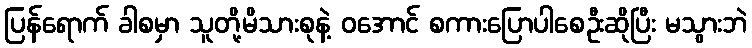
ပြန်ရောက် ခါစမှာ သူတို့မိသားစုနဲ့ ဝအောင် စကားပြောပါစေဦးဆိုပြီး မသွားဘဲ